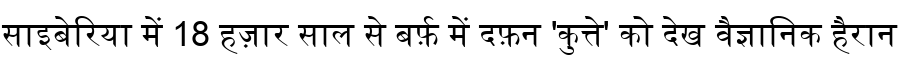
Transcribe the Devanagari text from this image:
साइबेरिया में 18 हज़ार साल से बर्फ़ में दफ़न 'कुत्ते' को देख वैज्ञानिक हैरान